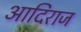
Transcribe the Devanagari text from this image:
आदिराज